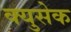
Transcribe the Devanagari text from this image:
क्युसेक